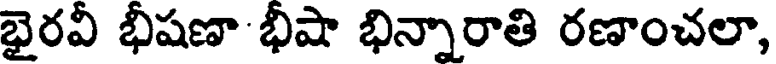
భైరవీ భీషణా భీషా భిన్నారాతి రణాంచలా,